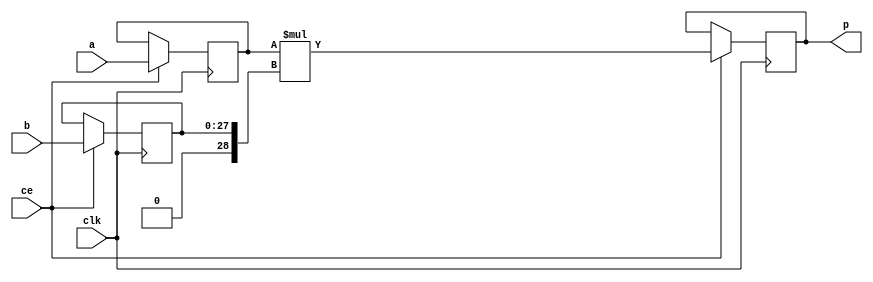
module hls_saturation_enpcA_MulnS_0(clk, ce, a, b, p);
input clk;
input ce;
input[29 - 1 : 0] a; 
input[28 - 1 : 0] b; 
output[47 - 1 : 0] p;
reg signed [29 - 1 : 0] a_reg0;
reg [28 - 1 : 0] b_reg0;
wire signed [47 - 1 : 0] tmp_product;
reg signed [47 - 1 : 0] buff0;
assign p = buff0;
assign tmp_product = a_reg0 * $signed({1'b0, b_reg0});
always @ (posedge clk) begin
    if (ce) begin
        a_reg0 <= a;
        b_reg0 <= b;
        buff0 <= tmp_product;
    end
end
endmodule